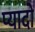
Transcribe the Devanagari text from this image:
प्‍यादो